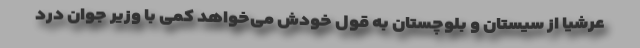
عرشیا از سیستان و بلوچستان به قول خودش می‌خواهد کمی با وزیر جوان درد